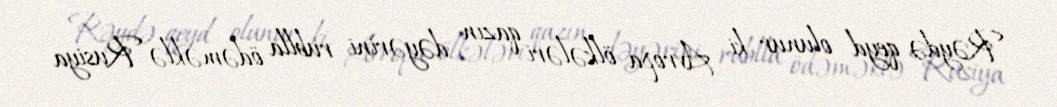
Rəydə qeyd olunur ki, Avropa ölkələri qazın dəyərini rublla ödəməklə Rusiya